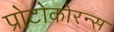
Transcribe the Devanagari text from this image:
प्रोटोकोरन्स